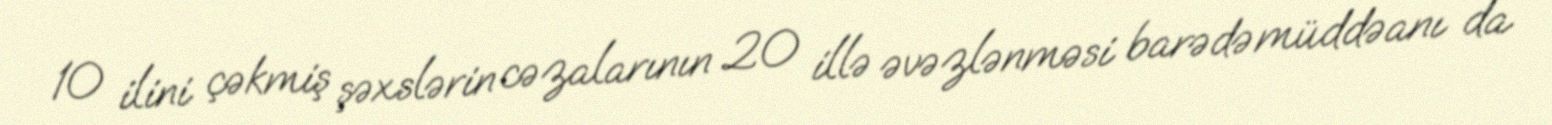
10 ilini çəkmiş şəxslərin cəzalarının 20 illə əvəzlənməsi barədə müddəanı da